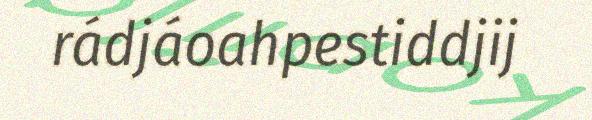
rádjáoahpestiddjij